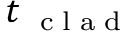
t _ { \mathrm { ~ \tiny ~ c ~ l ~ a ~ d ~ } }